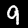
Label: 9